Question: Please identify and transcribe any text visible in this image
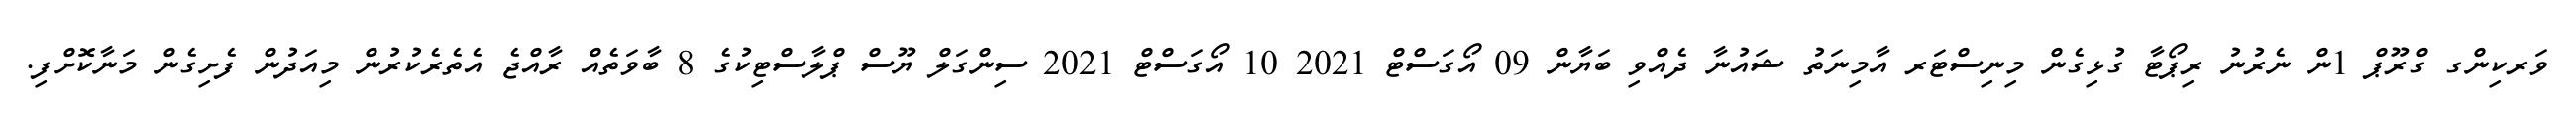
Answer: ވަރކިންގ ގްރޫޕް 1ން ނެރުނު ރިޕޯޓާ ގުޅިގެން މިނިސްޓަރ އާމިނަތު ޝައުނާ ދެއްވި ބަޔާން 09 އޯގަސްޓް 2021 10 އޯގަސްޓް 2021 ސިންގަލް ޔޫސް ޕްލާސްޓިކުގެ 8 ބާވަތެއް ރާއްޖެ އެތެރެކުރުން މިއަދުން ފެށިގެން މަނާކޮށްފި.